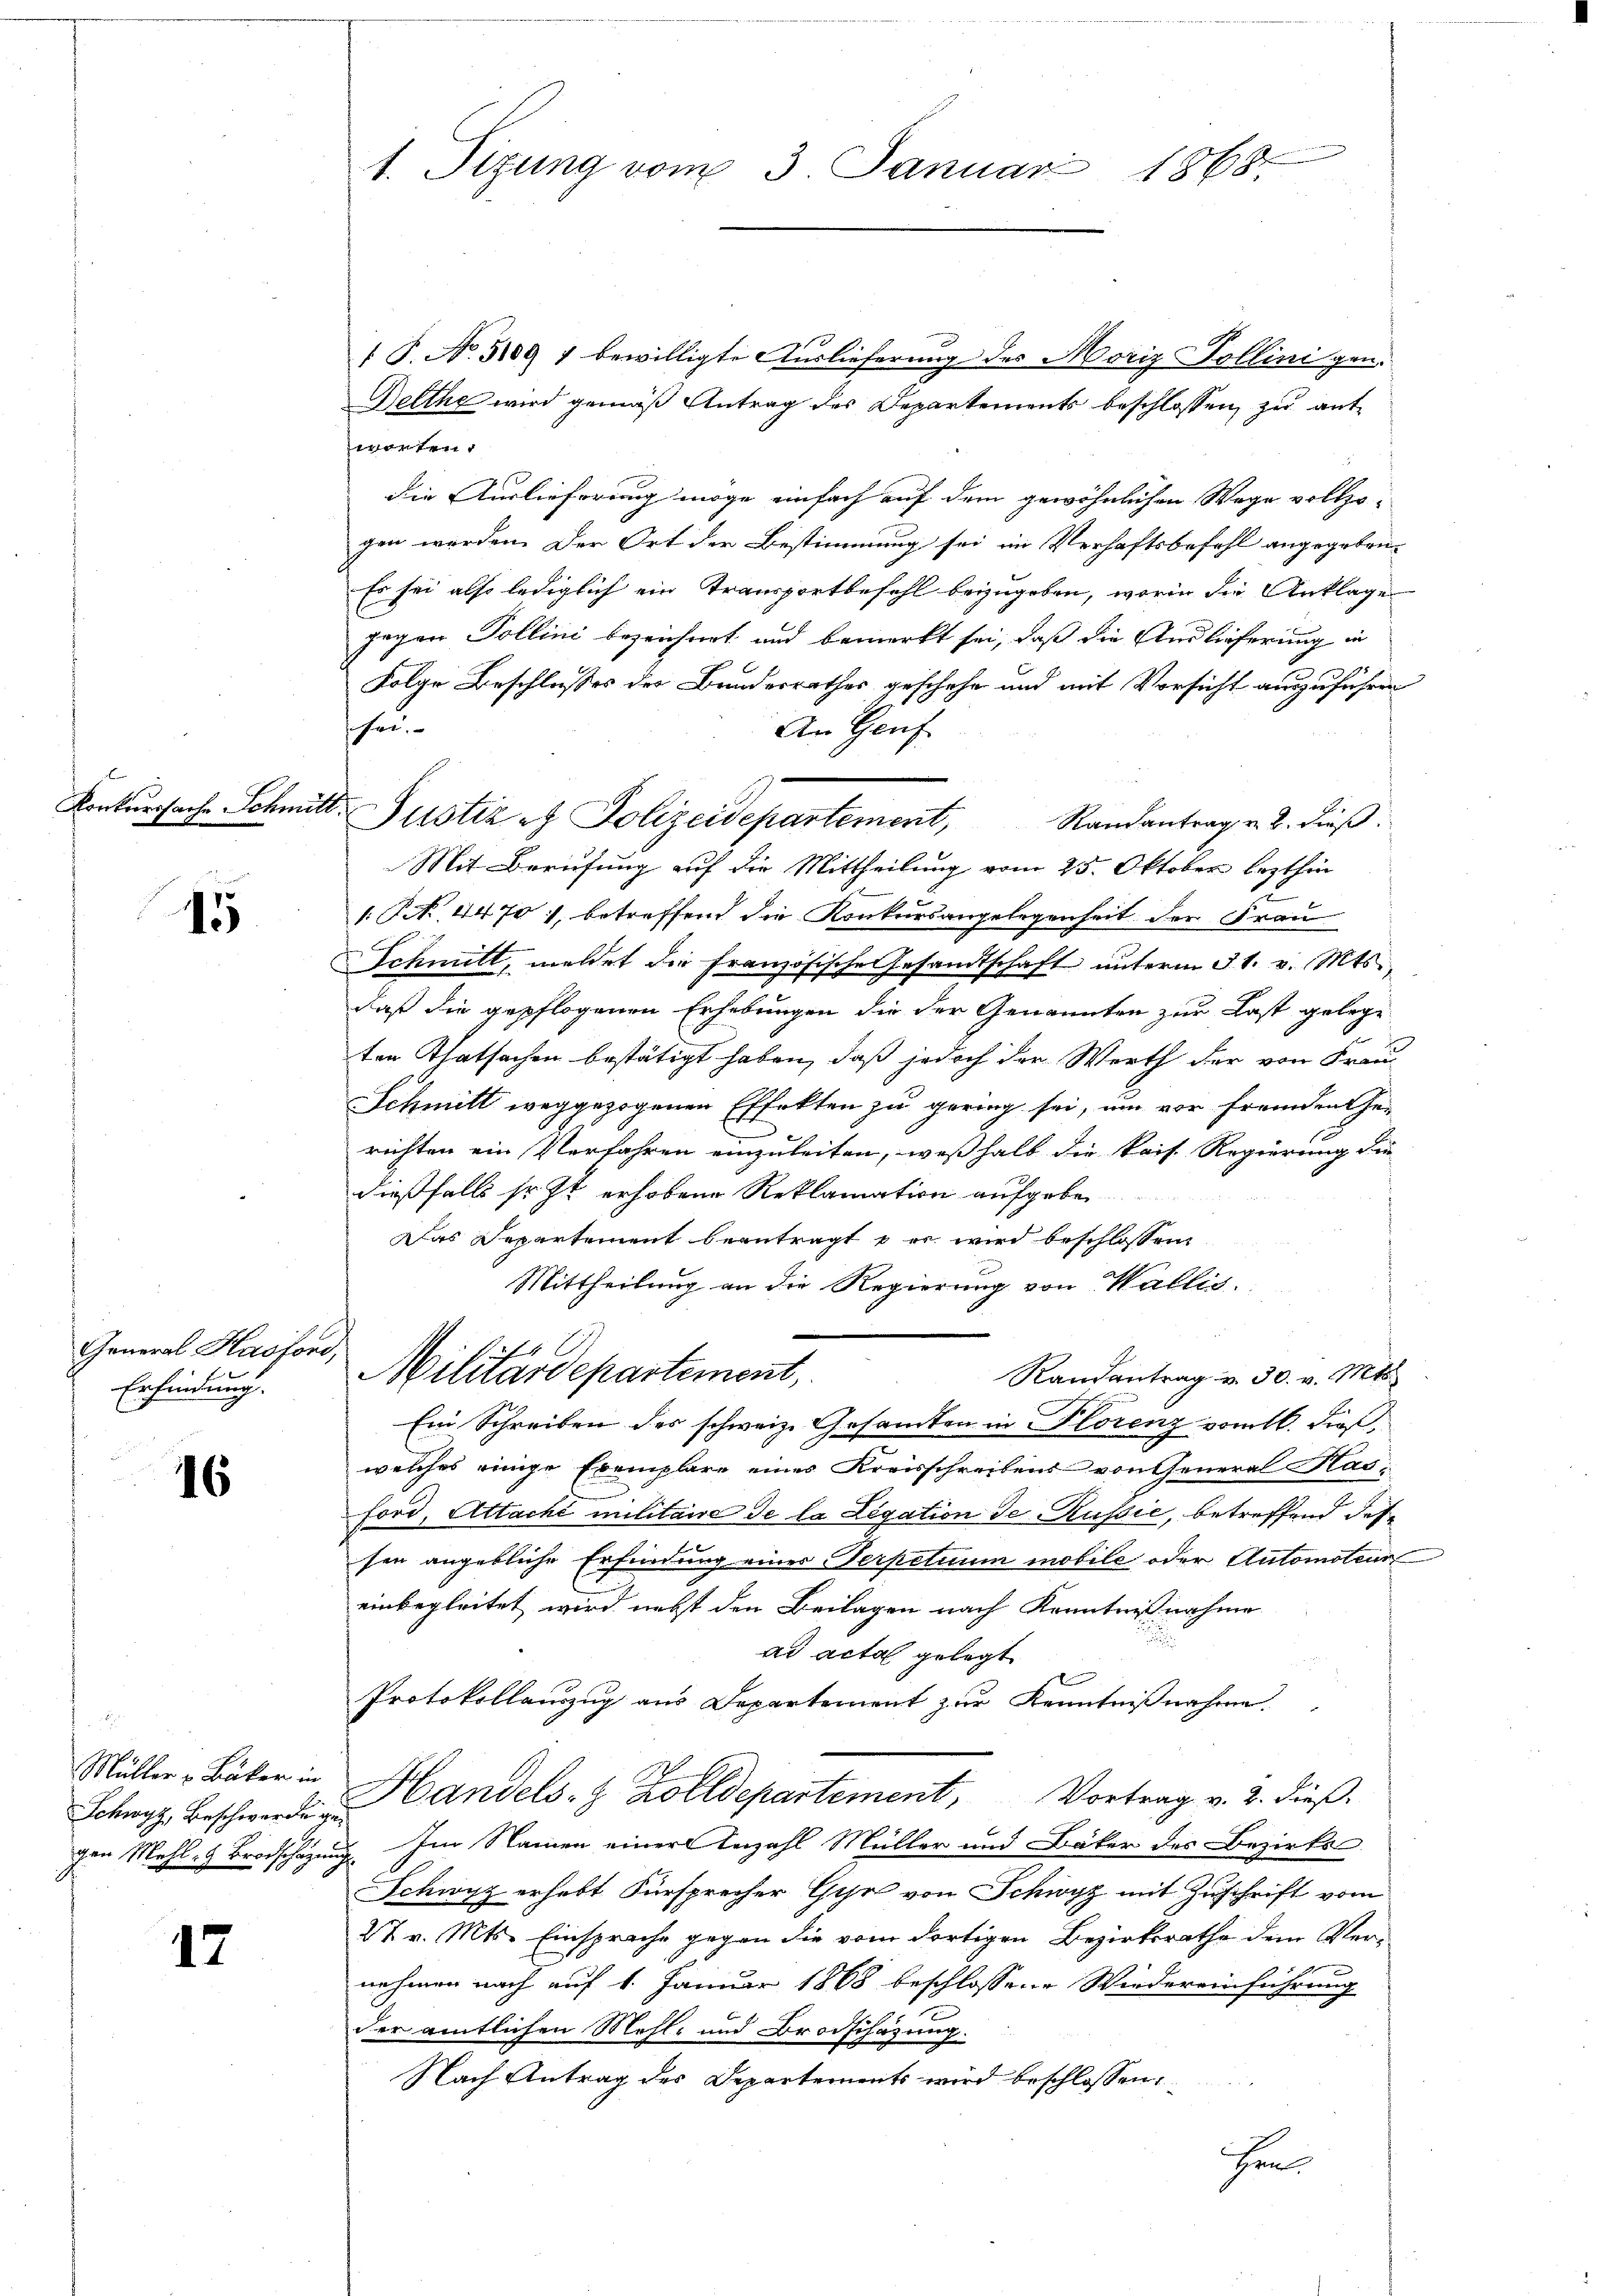
Konkurssache Schmitt

15

General Hasforo,
Erfindung.

16

Müller v. Bäker in
gen Mahlen Brodschazung

12

1. Sizung vom 3. Januar 1868.

hau

f P. No. 5109 1 bewilligte Auslieferung des Moriz Pollinigen.
Delthe wird gemäß Antrag des Departements beschlossen, zu antworten.
die Auslieferung möge einfach auf dem gewöhnlichen Wege vollzo-
gen werden. Der Ort der Bestimmung sei im Verhaftsbefehl angegeben¬
Es sei also lediglich ein Transportbefehl beizugeben, worin die Anklage
gegen Pollini bezeichnet und bemerkt sei, daß die Auslieferung in
Folge Beschlosses des Bundesrathes geschehe und mit Vorsicht auszuführen
An Genf
Mit Berufung auf die Mittheilung vom 25. Oktober lezthin
/: NNo. 4470), betreffend die Konkursangelegenheit der Frau
Schmitt, meldet die französische Gesandtschaft unterm 31. v. Mts.,
daß die gepflogenen Erhebungen die der Genannten zur Last gelege
ten Thatsachen bestätigt haben, daß jedoch der Werth der von Frau
Schmitt weggezogenen Effekten zu gering sei, um vor fremden Ge-
richten ein Verfahren einzuleiten, weshalb die kais. Regierung die
dießfalls sr. Zt. erhobene Reklamation aufgeben
Das Departement beantragte er wird beschlossen
Mittheilung an die Regierung von Wallis.

Militärdepartement,
Randantrag u. 30. v. Mts.
Ein Schreiben des schweiz. Gesamten in Plorenz vom 16. dieß,
welches einige Exemplare eines Kreisschreibens von General Kasford, Attaché militaire de la Legation de Russić, betreffend des
sen angebliche Erfindung einer Serpetuum mobile oder Automoteur
einbegleitet wird nebst den Beilagen nach Kenntnißnahme
ad acta gelegt
Protokollauszug aus Departement zur Kenntniβnahme.
Schwyz, Beschwerden Handels- & Zolldepartement, Vortrag v. 2. dieß.
Im Namen einer Anzahl Müller und Bäker des Bezirks¬
Schwyz erhebt Fürsprecher Gyr von Schwyz mit Zuschrift vom
2t v. Mts. Einsprache gegen die vom dortigen Bezirksrathe dem Vernehmen nach auf 1. Januar 1868 beschlossene Wiedereinführung
der amtlichen Mehl- und Brodschazung.
Nach Antrag des Departements wird beschlossen:
en

Justiz et Polizeidepartement, Randantrag u. 2. dieβ.